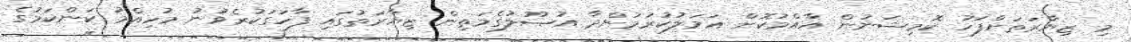
މި ޒިޔާރަތަށްފަހު ކޮމިޝަނުން އާއްމުކޮށް ޢަމަލުކުރަމުންދާ އުޞޫލުގެމަތިން ޒިޔާރަތުގައި ފާހަގަކުރެވުނު މުހިއްމު ކަންކަމުގެ